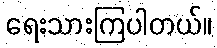
ရေးသားကြပါတယ်။